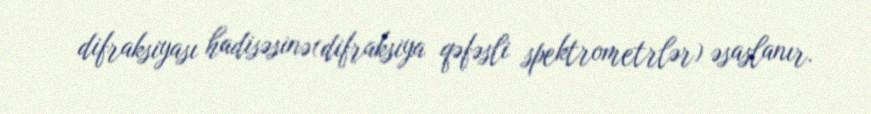
difraksiyası hadisəsinə(difraksiya qəfəsli spektrometrlər) əsaslanır.